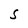
Character: S